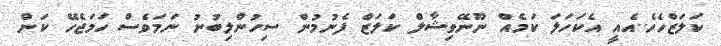
ކަލަޒްހެހެ..އެއީ އެކަހަލަ ކަމެއް ނޫނޭވިޝާލް ކަލަޒް ފެނުމުން ސިހުންލިބުނު ނަމަވެސް ހަމަޖެހޭ ކަން